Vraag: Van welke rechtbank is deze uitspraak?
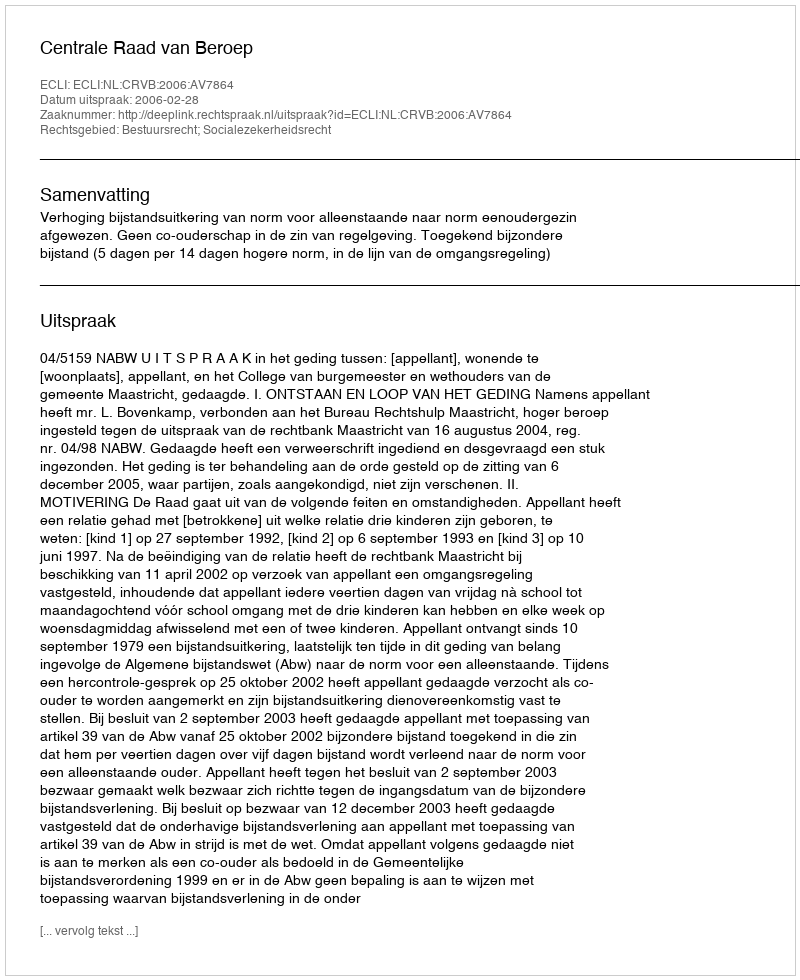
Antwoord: Centrale Raad van Beroep